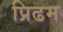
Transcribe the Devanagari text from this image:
प्रिढम